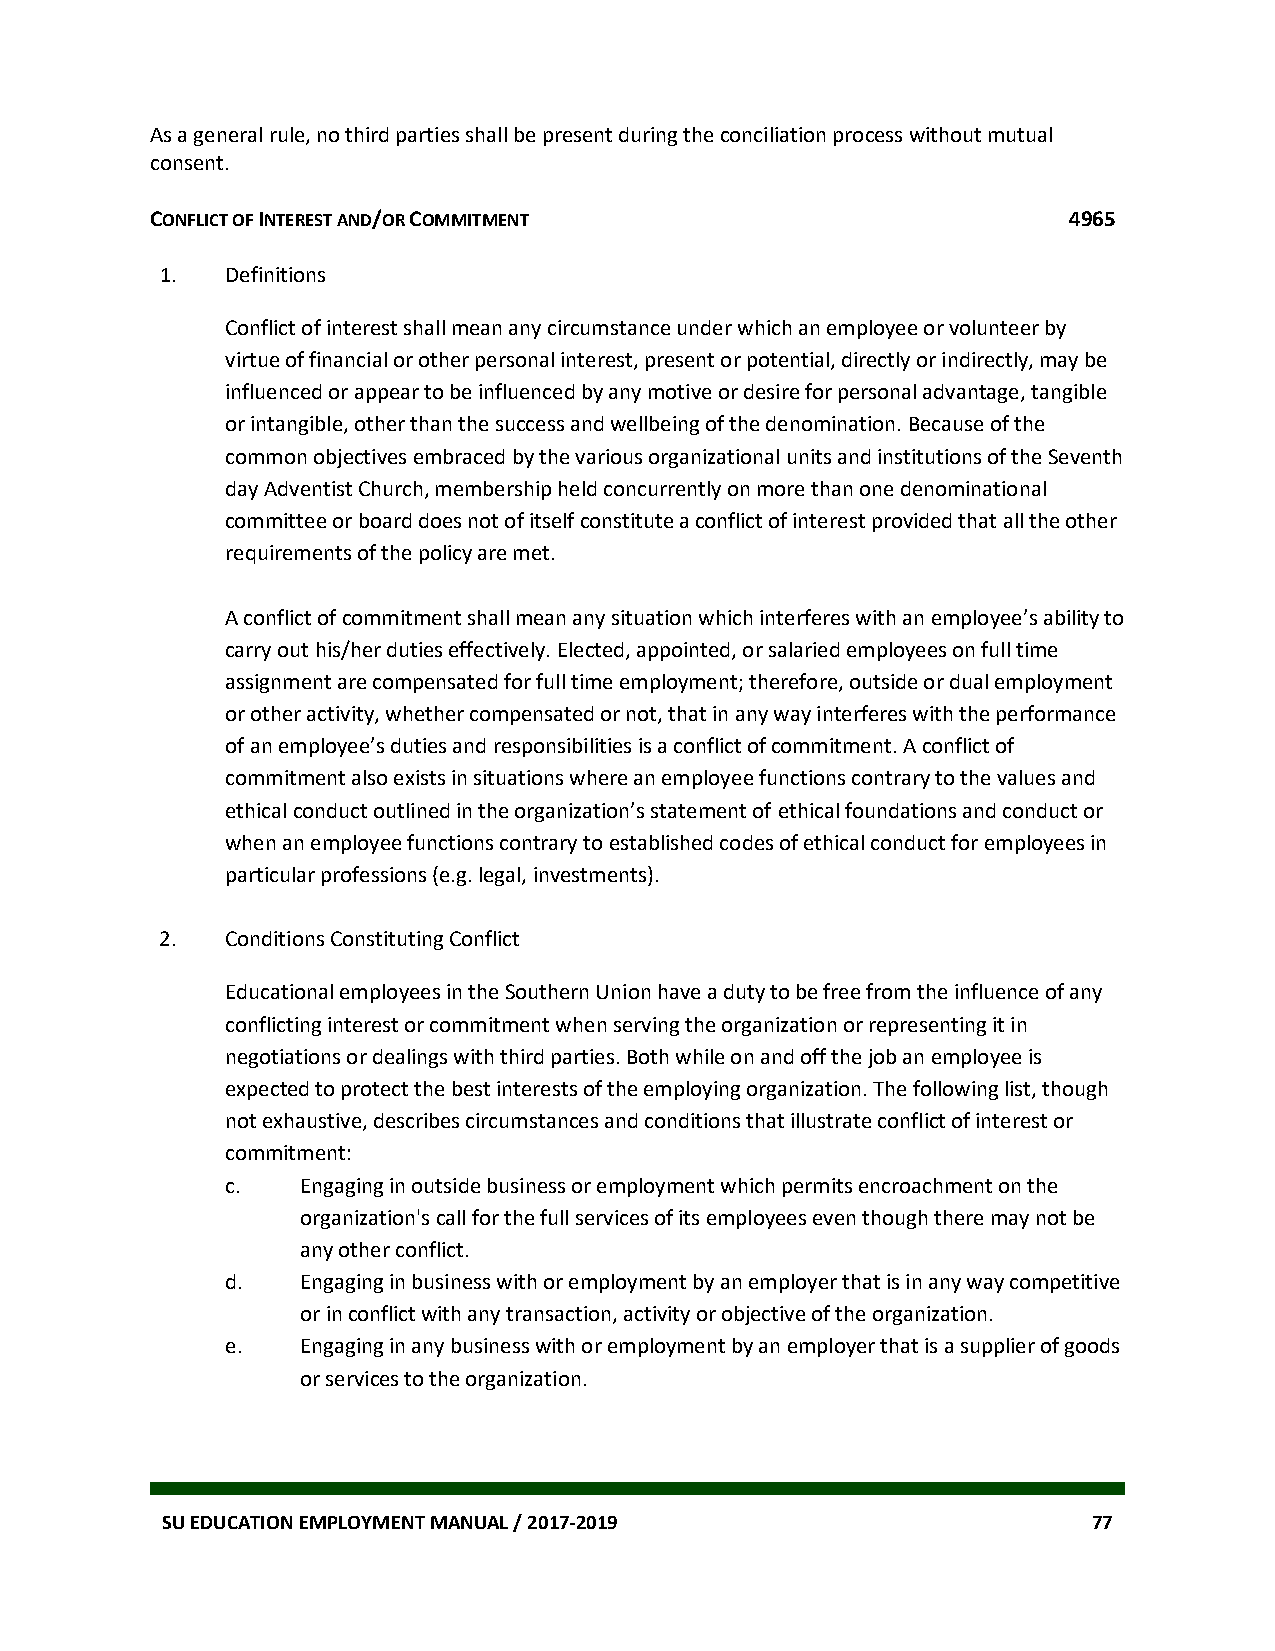
As a general rule, no third parties shall be present during the conciliation process without mutual
 consent.
 CONFLICT OF INTEREST AND/OR COMMITMENT                       4965
 1.  Definitions
 Conflict of interest shall mean any circumstance under which an employee or volunteer by
 virtue of financial or other personal interest, present or potential, directly or indirectly, may be
 influenced or appear to be influenced by any motive or desire for personal advantage, tangible
 or intangible, other than the success and wellbeing of the denomination. Because of the
 common objectives embraced by the various organizational units and institutions of the Seventh
 day Adventist Church, membership held concurrently on more than one denominational
 committee or board does not of itself constitute a conflict of interest provided that all the other
 requirements of the policy are met.
 A conflict of commitment shall mean any situation which interferes with an employee’s ability to
 carry out his/her duties effectively. Elected, appointed, or salaried employees on full time
 assignment are compensated for full time employment; therefore, outside or dual employment
 or other activity, whether compensated or not, that in any way interferes with the performance
 of an employee’s duties and responsibilities is a conflict of commitment. A conflict of
 commitment also exists in situations where an employee functions contrary to the values and
 ethical conduct outlined in the organization’s statement of ethical foundations and conduct or
 when an employee functions contrary to established codes of ethical conduct for employees in
 particular professions (e.g. legal, investments).
 2.  Conditions Constituting Conflict
 Educational employees in the Southern Union have a duty to be free from the influence of any
 conflicting interest or commitment when serving the organization or representing it in
 negotiations or dealings with third parties. Both while on and off the job an employee is
 expected to protect the best interests of the employing organization. The following list, though
 not exhaustive, describes circumstances and conditions that illustrate conflict of interest or
 commitment:
 c.   Engaging in outside business or employment which permits encroachment on the
 organization's call for the full services of its employees even though there may not be
 any other conflict.
 d.   Engaging in business with or employment by an employer that is in any way competitive
 or in conflict with any transaction, activity or objective of the organization.
 e.   Engaging in any business with or employment by an employer that is a supplier of goods
 or services to the organization.
 SU EDUCATION EMPLOYMENT MANUAL / 2017-2019                   77